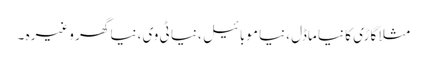
مثلاً گاڑی کا نیا ماڈل ،نیا موبائیل ،نیا ٹی وی ،نیا گھر وغیرہ ۔